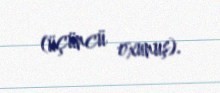
(üçüncü oxunuş).